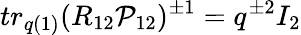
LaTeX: tr_{q(1)}(R_{12}{\cal P}_{12})^{\pm 1}=q^{\pm 2}I_{2}